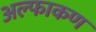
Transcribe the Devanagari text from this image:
अल्फाकण